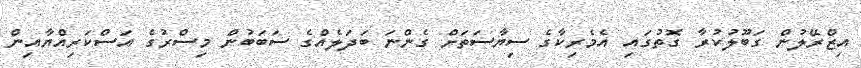
އިޒްރޭލުން ގަބޫލުކުރާ ގޮތުގައި އެމެރިކާގެ ސިޔާސަތަށް ގެންނަ ބަދަލެއްގެ ސަބަބުން މިސްރުގެ އަސްކަރިއްޔާއިން